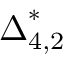
{ \boldsymbol { \Delta } } _ { 4 , 2 } ^ { * }